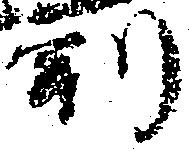
判